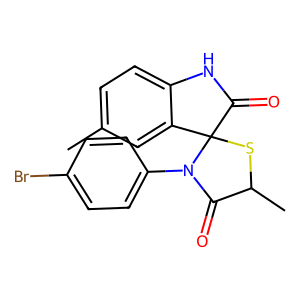
SMILES: Cc1ccc2c(c1)C1(SC(C)C(=O)N1c1ccc(Br)cc1)C(=O)N2
Inhibits HIV replication: No